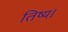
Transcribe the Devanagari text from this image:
तिष्य।